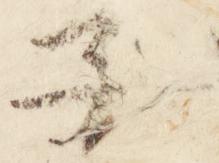
子